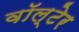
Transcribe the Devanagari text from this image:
वॉल्टेर